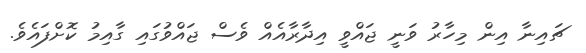
ޗައިނާ އިން މިހާރު ވަނީ ޖައްވީ އިދާރާއެއް ވެސް ޖައްވުގައި ގާއިމު ކޮށްފައެވެ.